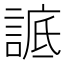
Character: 𧨱